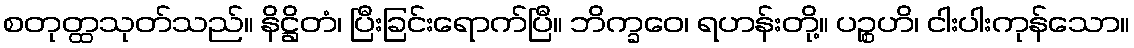
စတုတ္ထသုတ်သည်။ နိဋ္ဌိတံ၊ ပြီးခြင်းရောက်ပြီ။ ဘိက္ခဝေ၊ ရဟန်းတို့။ ပဉ္စဟိ၊ ငါးပါးကုန်သော။